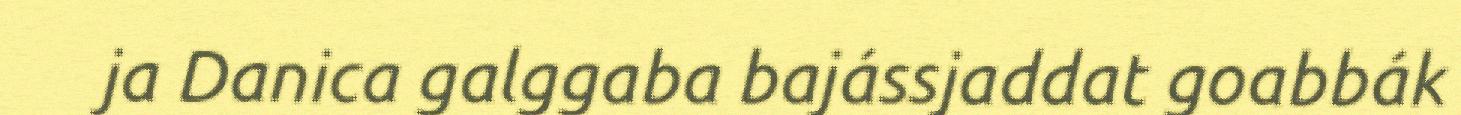
ja Danica galggaba bajássjaddat goabbák